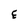
Character: E